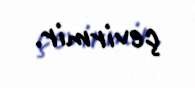
çevirmir.